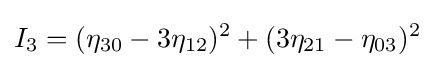
I_{3}=(\eta _{30}-3\eta _{12})^{2}+(3\eta _{21}-\eta _{03})^{2}